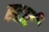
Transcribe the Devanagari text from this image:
स्‍टार्ट